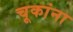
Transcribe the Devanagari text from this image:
चूकांना